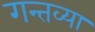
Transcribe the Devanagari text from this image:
गन्तव्या